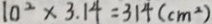
1 0 ^ { 2 } \times 3 . 1 4 = 3 1 4 ( c m ^ { 2 } )